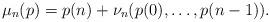
LaTeX: \begin{align*}\mu_n(p) = p(n) + \nu_n(p(0), \dots, p(n-1)).\end{align*}